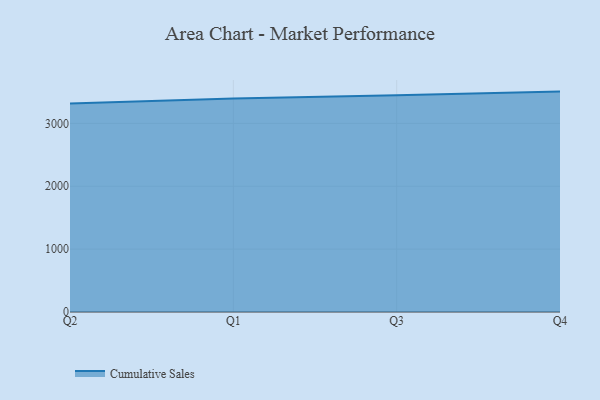
{"axis": {"x": "Quarter", "y": "Net Income (USD K)"}, "legend": ["Cumulative Sales"], "data": [{"x": "Q2", "y": 3315.8, "type": "Cumulative Sales"}, {"x": "Q1", "y": 3395.0, "type": "Cumulative Sales"}, {"x": "Q3", "y": 3445.1, "type": "Cumulative Sales"}, {"x": "Q4", "y": 3505.0, "type": "Cumulative Sales"}]}